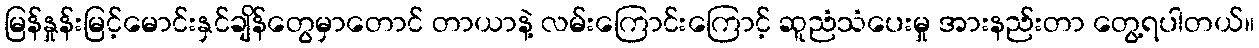
မြန်နှုန်းမြင့်မောင်းနှင်ချိန်တွေမှာတောင် တာယာနဲ့ လမ်းကြောင်းကြောင့် ဆူညံသံပေးမှု အားနည်းတာ တွေ့ရပါတယ်။